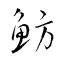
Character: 魴